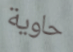
حاوية